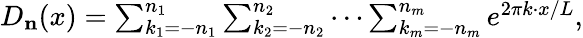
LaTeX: \begin{array}{r}{D_{\mathbf{n}}(x)=\sum_{k_{1}=-n_{1}}^{n_{1}}\sum_{k_{2}=-n_{2}}^{n_{2}}\cdots\sum_{k_{m}=-n_{m}}^{n_{m}}e^{2\pi k\cdot x/L},}\end{array}